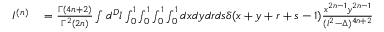
\begin{array} { r l } { I ^ { ( n ) } } & { { } = \frac { \Gamma ( 4 n + 2 ) } { \Gamma ^ { 2 } ( 2 n ) } \int d ^ { D } l \int _ { 0 } ^ { 1 } \int _ { 0 } ^ { 1 } \int _ { 0 } ^ { 1 } \int _ { 0 } ^ { 1 } d x d y d r d s \delta ( x + y + r + s - 1 ) \frac { x ^ { 2 n - 1 } y ^ { 2 n - 1 } } { ( l ^ { 2 } - \Delta ) ^ { 4 n + 2 } } } \end{array}